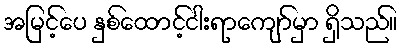
အမြင့်ပေ နှစ်ထောင့်ငါးရာကျော်မှာ ရှိသည်။